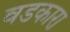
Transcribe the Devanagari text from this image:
वडकारा